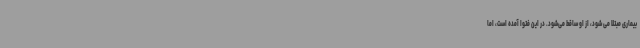
بیماری مبتلا می شود، از او ساقط می‌شود. در این فتوا آمده است، اما